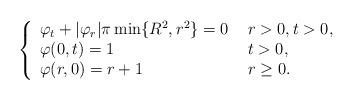
LaTeX: \begin{align*}\left\{\begin{array}{ll}\varphi_t+|\varphi_r|\pi\min\{R^2,r^2\}=0 & \ r>0, t>0, \\\varphi(0, t)=1 & \ t> 0,\\\varphi(r,0)=r+1 & \ r\ge0. \end{array}\right. \end{align*}